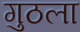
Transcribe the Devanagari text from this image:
गुठला